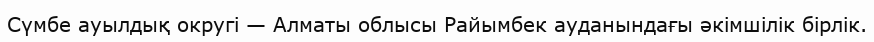
Сүмбе ауылдық округі — Алматы облысы Райымбек ауданындағы әкімшілік бірлік.